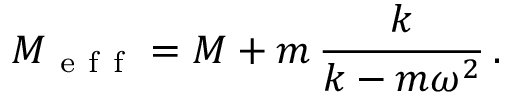
M _ { \mathrm { ~ e ~ f ~ f ~ } } = M + m \, \frac { k } { k - m \omega ^ { 2 } } \, .